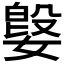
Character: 𫱥